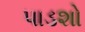
પાડશો